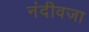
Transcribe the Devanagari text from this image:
नंदीवजा